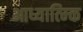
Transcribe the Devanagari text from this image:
आध्यात्म्कि